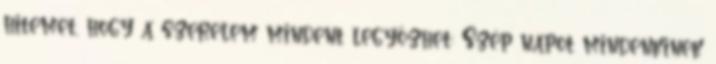
hitemet, hogy a szerelem mindent legyőzhet: Szép napot mindenkinek